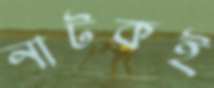
নাটকই